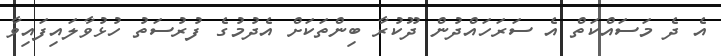
އެ ދެ މަސައްކަތް އެ ސަރަހައްދުން ދޫކުރާ ބިންތަކަށް އެދުމުގެ ފުރުސަތު ހުޅުވާލައިފައިވާ